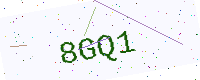
Text: 8GQ1